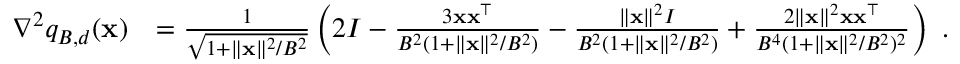
\begin{array} { r l } { \nabla ^ { 2 } q _ { B , d } ( { \mathbf x } ) } & { = \frac { 1 } { \sqrt { 1 + \| { \mathbf x } \| ^ { 2 } / B ^ { 2 } } } \left( 2 I - \frac { 3 { \mathbf x } { \mathbf x } ^ { \top } } { B ^ { 2 } ( 1 + \| { \mathbf x } \| ^ { 2 } / B ^ { 2 } ) } - \frac { \| { \mathbf x } \| ^ { 2 } I } { B ^ { 2 } ( 1 + \| { \mathbf x } \| ^ { 2 } / B ^ { 2 } ) } + \frac { 2 \| { \mathbf x } \| ^ { 2 } { \mathbf x } { \mathbf x } ^ { \top } } { B ^ { 4 } ( 1 + \| { \mathbf x } \| ^ { 2 } / B ^ { 2 } ) ^ { 2 } } \right) ~ . } \end{array}